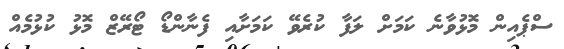
ސްޕެއިން މޮޅުވާނެ ކަމަށް ލަފާ ކުރެވޭ ކަމަށާއި ފެނާންޑޯ ޓޯރޭޒް މޮޅު ކުޅުމެއް